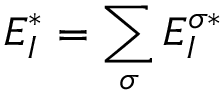
E _ { I } ^ { * } = \sum _ { \sigma } E _ { I } ^ { \sigma * }